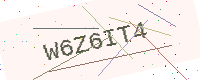
Text: W6Z6IT4